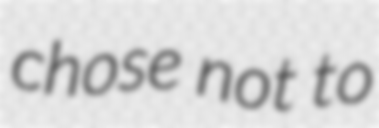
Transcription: chose not to